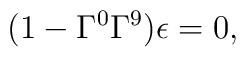
(1 - \Gamma^0 \Gamma^9) \epsilon = 0,